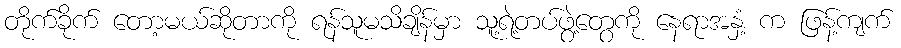
တိုက်ခိုက် တော့မယ်ဆိုတာကို ရန်သူမသိချိန်မှာ သူ့ရဲ့တပ်ဖွဲ့တွေကို နေရာအနှံ့ က ဖြန့်ကျက်